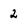
Character: 2